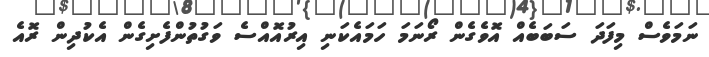
ނަމަވެސް މިފަދަ ސަބަބެއް އޮވެގެން ރޯނަމަ ހަމައެކަނި އިރުއޮއްސެ ވަގުތުންފެށިގެން އެކުދިން ރޮއެ